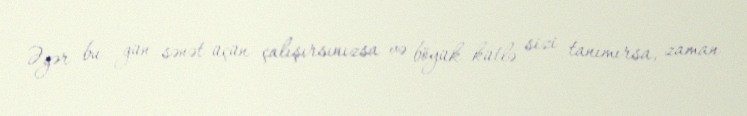
Əgər bu gün sənət üçün çalışırsınızsa və böyük kütlə sizi tanımırsa, zaman